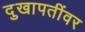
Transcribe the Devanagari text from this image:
दुखापतींवर